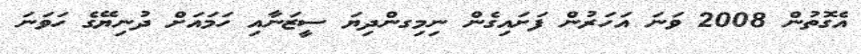
އެގޮތުން 2008 ވަނަ އަހަރުން ފަށައިގެން ނިމިގންދިޔަ ސީޒަނާއި ހަމައަށް ދުނިޔޭގެ ހަވަނަ